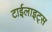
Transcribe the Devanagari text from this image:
टाईलाइट्स